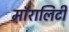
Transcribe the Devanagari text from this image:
मॉरालिटी